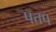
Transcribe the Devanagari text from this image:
पत्तप